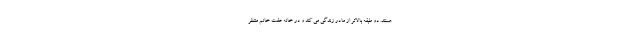
هستند. دو طبقه بالاتر از مادر زندگی می کند و در خانه عفت خانم منتظر